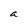
Character: a